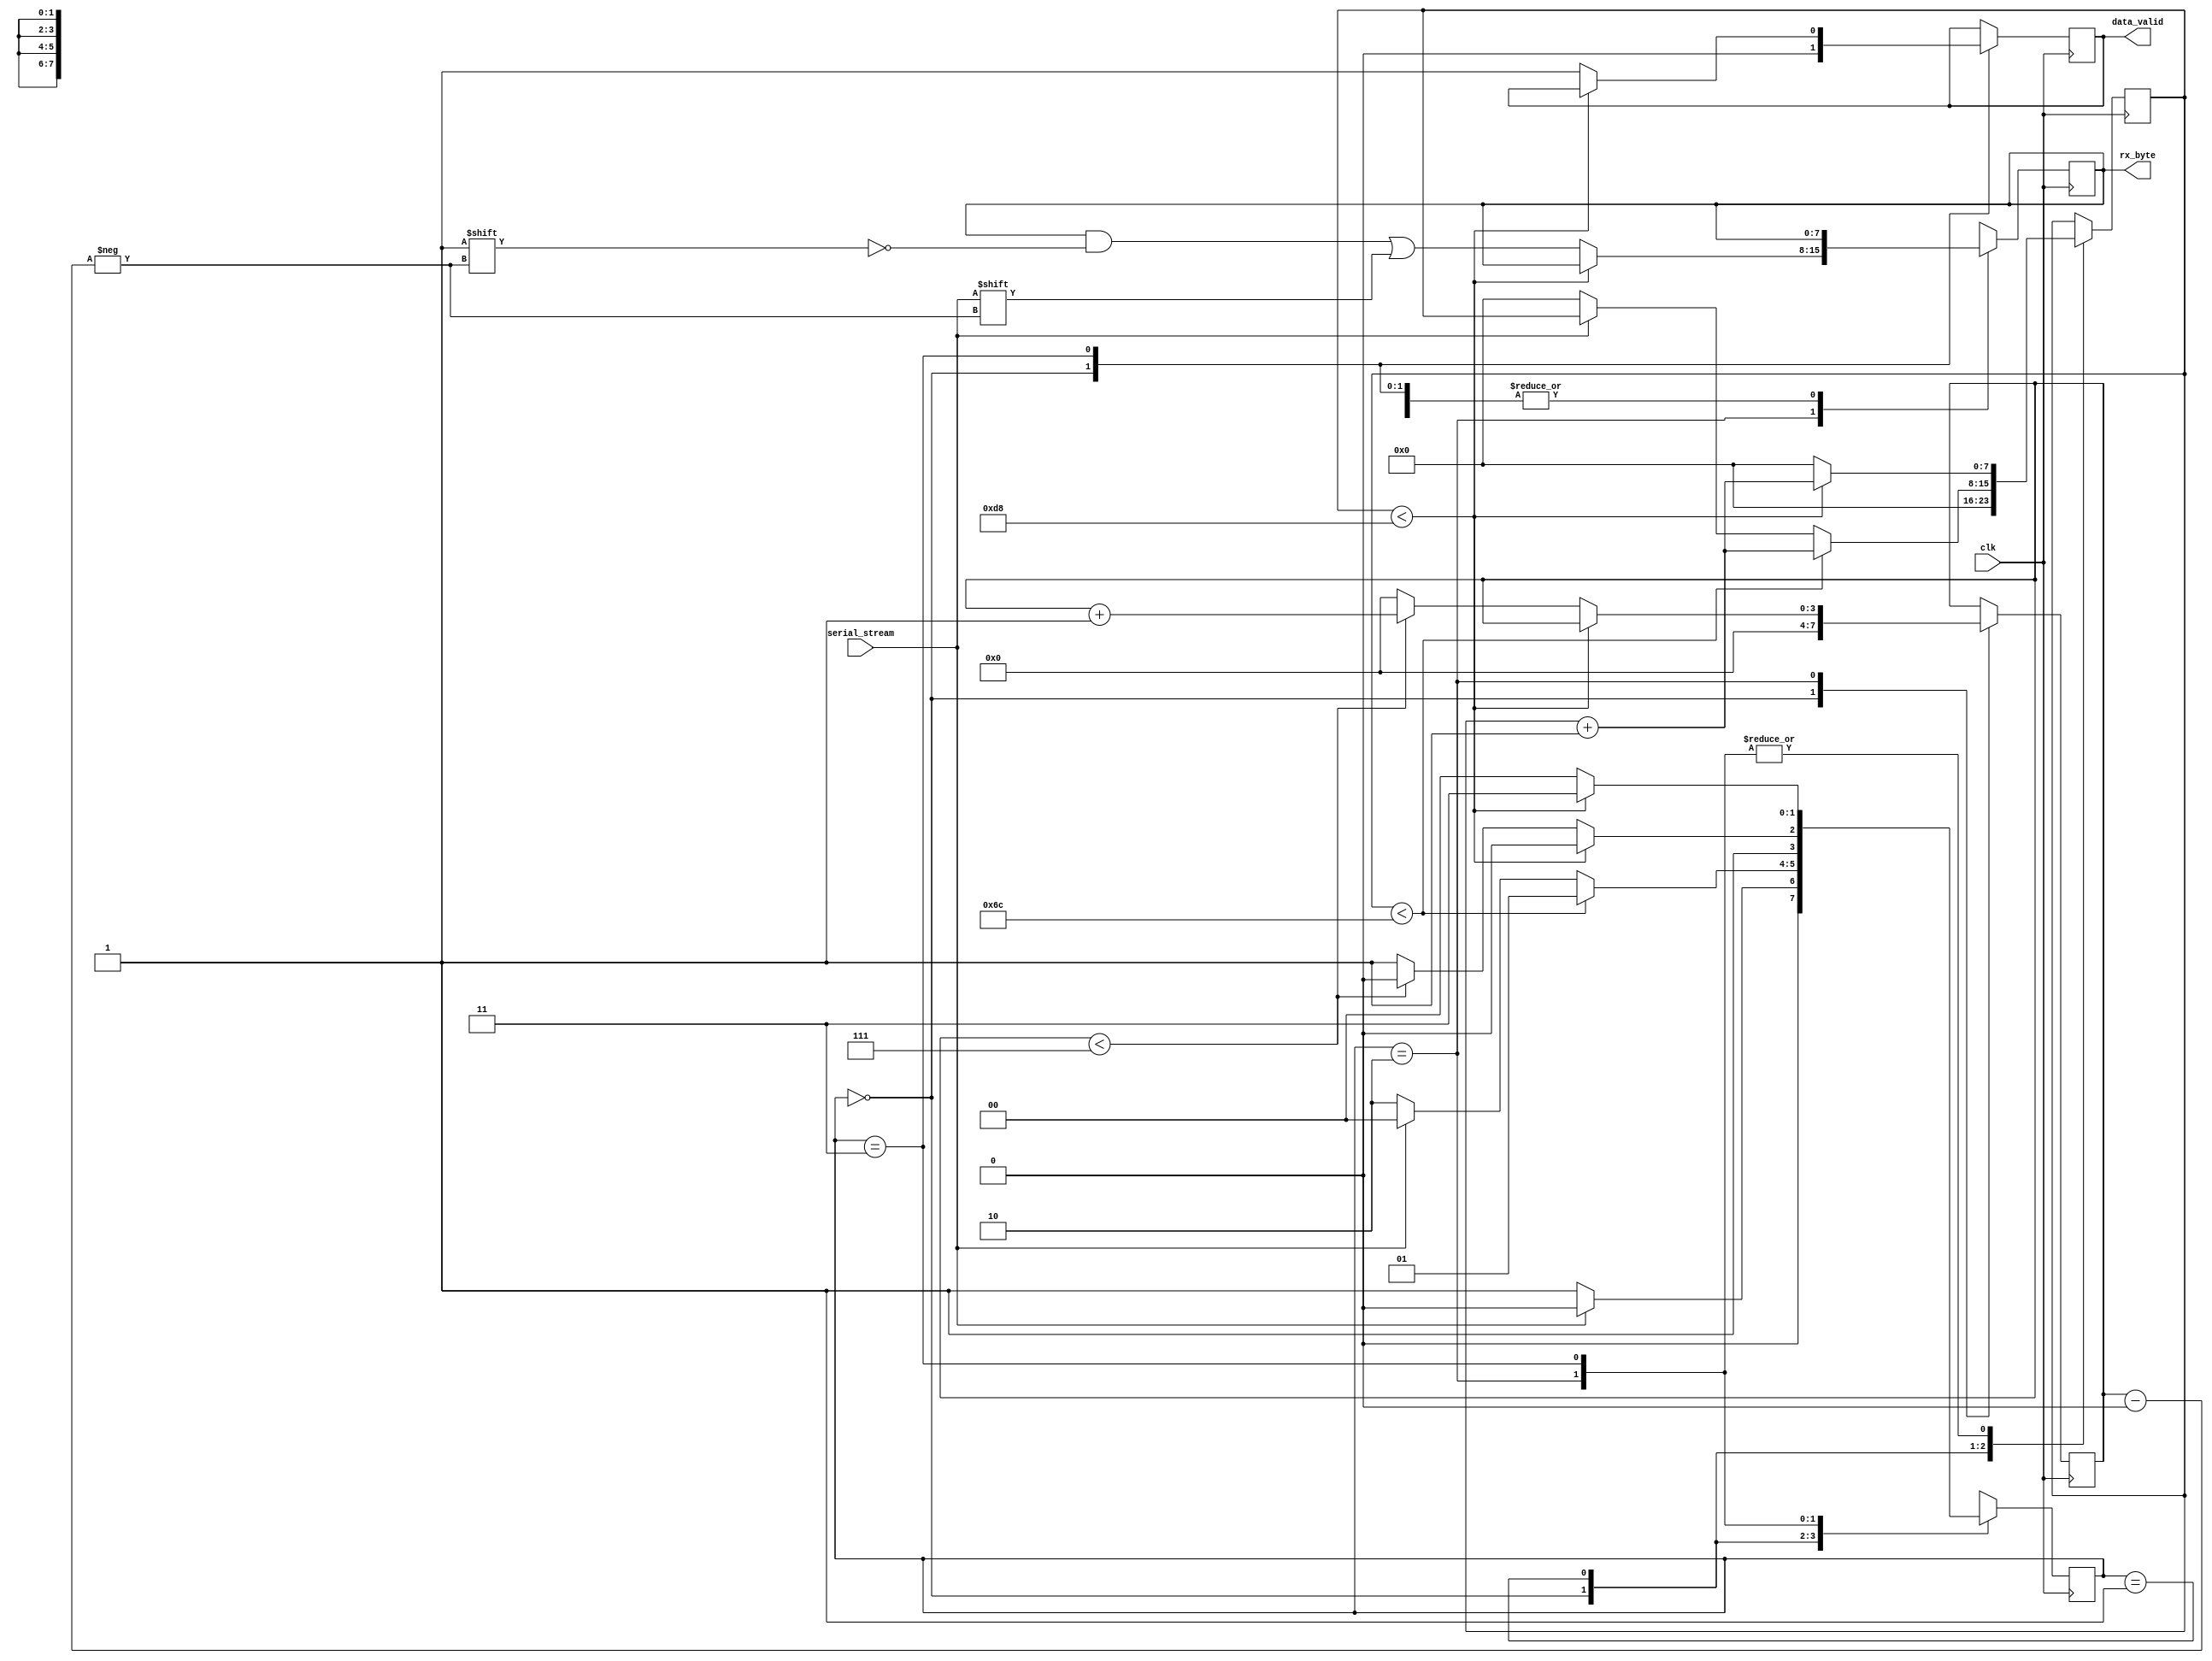
// 25000000 / 115200 = 217
module UART_RX #(parameter CLKS_PER_BIT = 217) (
  input        clk,
  input        serial_stream,
  output [7:0] rx_byte,
  output       data_valid);

  // state machine
  reg [1:0]  state;
  parameter IDLE      = 2'b00; 
  parameter START_BIT = 2'b01;
  parameter SAMPLING  = 2'b10;
  parameter STOP_BIT  = 2'b11;

  // counter 
  reg [7:0] counter = 0;
  reg [3:0] bit_index = 0;  // byte has 8 indexes
  
  // temp
  reg       r_data_valid = 0;
  reg [7:0] r_rx_byte = 0;

  always @(posedge clk ) begin

    case (state)

      IDLE: begin
        r_data_valid  <= 1'b0;
        counter       <= 0;
        bit_index     <= 0;
        if (serial_stream == 1'b0) begin  // falling edge detected
          state   <= START_BIT;
        end else
          state   <= IDLE;
      end

      START_BIT: begin
        if (counter < (CLKS_PER_BIT-1)/2) begin
          counter <= counter + 1;
          state   <= START_BIT;
        end else begin
          if (serial_stream == 1'b0) begin
            state   <= SAMPLING;
            counter <= 0;
          end else begin
            state   <= IDLE;
          end
        end
      end

      SAMPLING: begin
        if (counter < CLKS_PER_BIT-1) begin
          counter <= counter + 1;
          state   <= SAMPLING;
        end else begin
          r_rx_byte[bit_index] <= serial_stream;
          counter <= 0;
          if (bit_index < 7) begin
            bit_index <= bit_index + 1;
            state     <= SAMPLING;
          end else begin
            state     <= STOP_BIT;
            bit_index <= 0;
          end
        end
      end

      STOP_BIT: begin
        if (counter < CLKS_PER_BIT-1) begin
          counter <= counter + 1;
          state   <= STOP_BIT;
        end else begin
          r_data_valid  <= 1'b1;
          counter       <= 0;
          state         <= IDLE;
        end
      end
      
      default: begin
        state <= IDLE;
      end
    endcase
  end

  assign rx_byte    = r_rx_byte;
  assign data_valid = r_data_valid;

endmodule